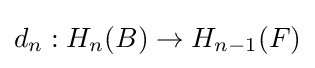
d_{n}:H_{n}(B)\to H_{n-1}(F)